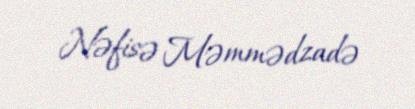
Nəfisə Məmmədzadə